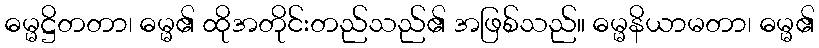
ဓမ္မဋ္ဌိတတာ၊ ဓမ္မ၏ ထိုအတိုင်းတည်သည်၏ အဖြစ်သည်။ ဓမ္မနိယာမတာ၊ ဓမ္မ၏